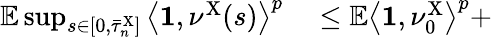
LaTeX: \begin{array}{rl}{\mathbb{E}\operatorname*{sup}_{s\in[0,\bar{\tau}_{n}^{\mathrm{X}}]}\left\langle\mathbf{1},\nu^{\mathrm{X}}(s)\right\rangle^{p}}&{{}\leq\mathbb{E}\left\langle\mathbf{1},\nu_{0}^{\mathrm{X}}\right\rangle^{p}+}\end{array}